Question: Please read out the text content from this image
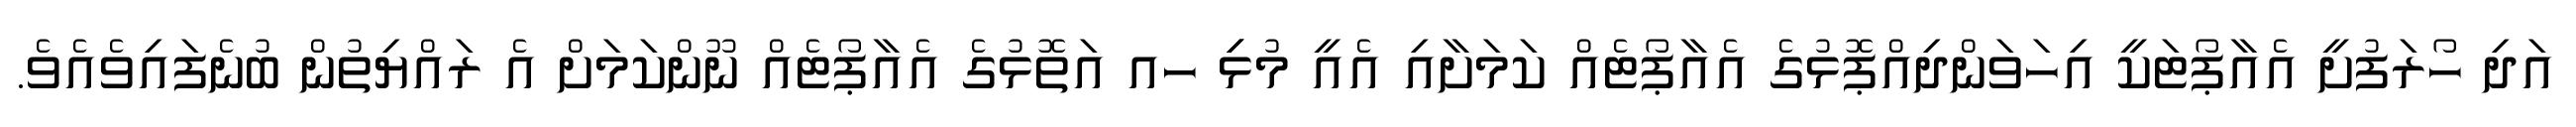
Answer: އަދި ހޯރަފުށީ އެއާޕޯޓަކީ އިހަވަންދިއްޕޮޅުގެ އެއާޕޯޓެއް ކަމަށާއި އެއީ މުޅިި ހއ އަތޮޅުގެ އެއާޕޯޓެއް ނޫންކަމަށް އެ ރައްޔިތުން ބުނެފައިވެއެވެ.